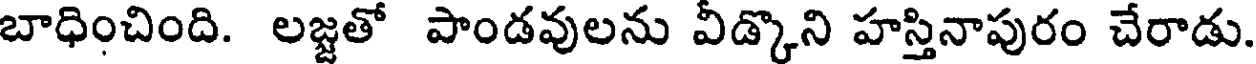
బాధించింది. లజ్జతో పాండవులను వీడ్కొని హస్తినాపురం చేరాడు